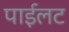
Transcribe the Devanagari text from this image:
पाईलट